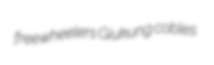
freewheelers Giukung cobles